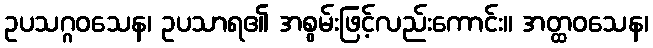
ဥပသဂ္ဂဝသေန၊ ဥပသာရ၏ အစွမ်းဖြင့်လည်းကောင်း။ အတ္ထဝသေန၊